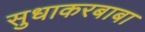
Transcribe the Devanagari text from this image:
सुधाकरबाबा